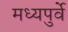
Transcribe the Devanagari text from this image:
मध्यपुर्वे